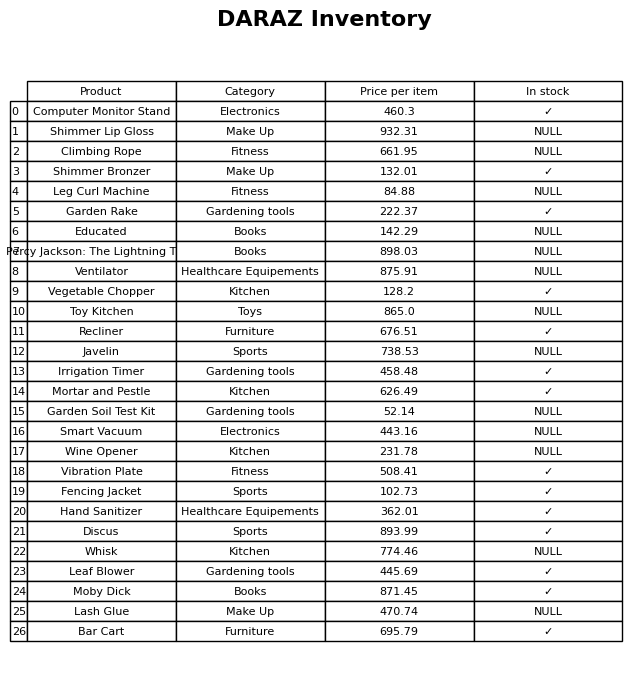
question: What is the price of the Leaf Blower?
answer: The price of Leaf Blower is 445.69.